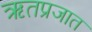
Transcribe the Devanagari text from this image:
ऋतप्रजात